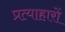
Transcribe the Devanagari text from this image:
प्रत्याहारों